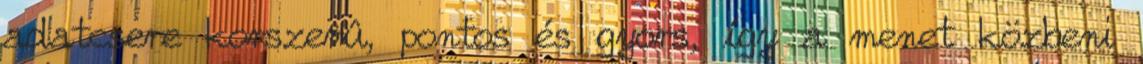
adatcsere korszerû, pontos és gyors, így a menet közbeni